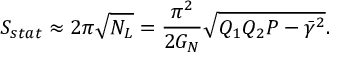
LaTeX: S _ { s t a t } \approx 2 \pi \sqrt { N _ { L } } = { \frac { \pi ^ { 2 } } { 2 G _ { N } } } \sqrt { Q _ { 1 } Q _ { 2 } P - \bar { \gamma } ^ { 2 } } .